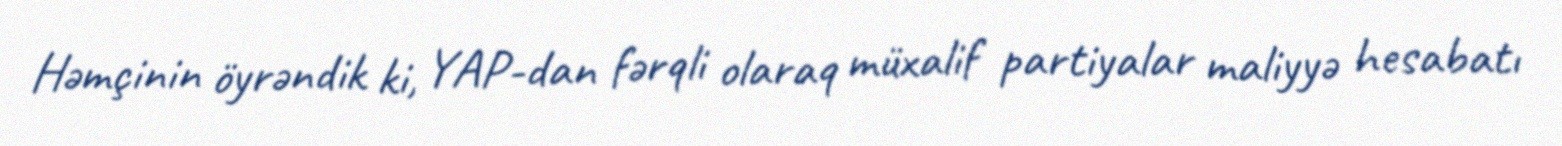
Həmçinin öyrəndik ki, YAP-dan fərqli olaraq müxalif partiyalar maliyyə hesabatı